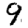
Digit: 9